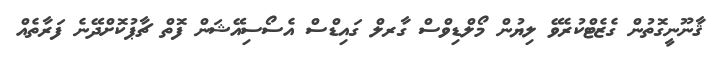
ޤާނޫނީގޮތުން ގެޒެޓްކުރެވޭ ލިޔުން މޯލްޑިވްސް ގާރލް ގައިޑްސް އެސޯސިއޭޝަން ފޮތް ޗާޕުކޮށްދޭނެ ފަރާތެއް